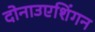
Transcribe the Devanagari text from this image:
दोनाउएशिंगन